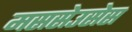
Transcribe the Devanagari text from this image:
मससेउसेस